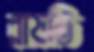
রায়তি